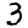
Digit: 3